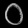
Digit: ၀